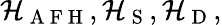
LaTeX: \mathcal{H}_{\mathrm{~A~F~H~}},\mathcal{H}_{\mathrm{~S~}},\mathcal{H}_{\mathrm{~D~}},